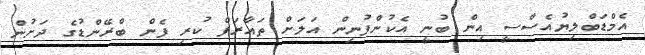
އެމްޑަބްލިޔުއެސްސީ އިން ބުނީ އެކުންފުނިން އަލަށް ތައާރަފް ކުރި ފެން ބްރޭންޑުގެ ދަށުން